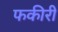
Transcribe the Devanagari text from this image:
फकीरी